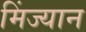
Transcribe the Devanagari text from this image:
मिंज्यान